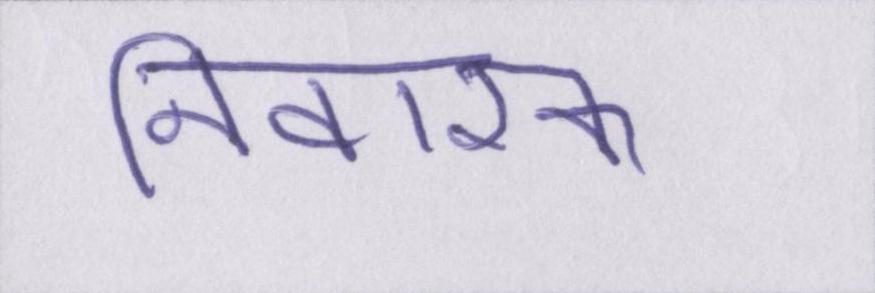
निवारक